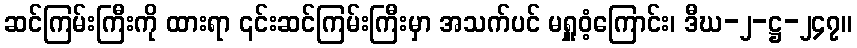
ဆင်ကြမ်းကြီးကို ထားရာ ၎င်းဆင်ကြမ်းကြီးမှာ အသက်ပင် မရှူဝံ့ကြောင်း၊ ဒီဃ-၂-ဋ္ဌ-၂၄၇။